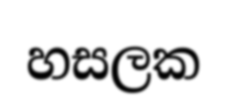
හසලක